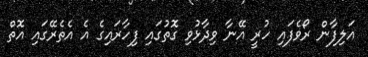
އަލިފާން ރޯވެފައި ހުރީ އޭނާ ވިދާޅުވި ގޮތުގައި ފިހާރައިގެ އެ އެތެރޭގައި އޮތް